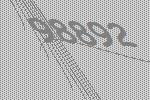
98892